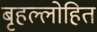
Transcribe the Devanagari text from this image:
बृहल्लोहित